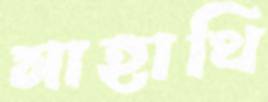
মাহাথি